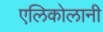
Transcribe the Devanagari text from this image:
एलिकोलानी